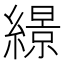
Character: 𦅡